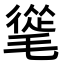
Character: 𣯨